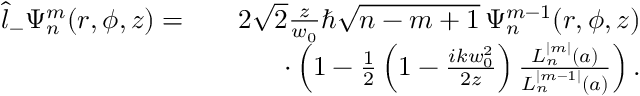
\begin{array} { r l r } { \hat { l } _ { - } \Psi _ { n } ^ { m } ( r , \phi , z ) = } & { } & { 2 \sqrt { 2 } \frac { z } { w _ { 0 } } \hbar \sqrt { n - m + 1 } \, \Psi _ { n } ^ { m - 1 } ( r , \phi , z ) } \\ & { } & { \cdot \left( 1 - \frac { 1 } { 2 } \left( 1 - \frac { i k w _ { 0 } ^ { 2 } } { 2 z } \right) \frac { L _ { n } ^ { | m | } ( a ) } { L _ { n } ^ { | m - 1 | } ( a ) } \right) . } \end{array}